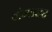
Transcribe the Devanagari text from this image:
यांंच्यासह